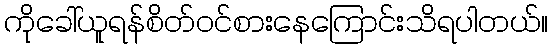
ကိုခေါ်ယူရန်စိတ်ဝင်စားနေကြောင်းသိရပါတယ်။